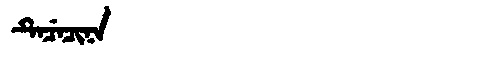
Manchu: ᡨᡝᠴᡝᠴᡳᠨᠠ
Romanization: TECECINA